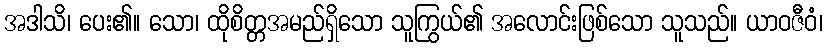
အဒါသိ၊ ပေး၏။ သော၊ ထိုစိတ္တအမည်ရှိသော သူကြွယ်၏ အလောင်းဖြစ်သော သူသည်။ ယာဝဇီဝံ၊